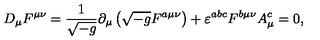
D _ { \mu } F ^ { \mu \nu } = \frac { 1 } { \sqrt { - g } } \partial _ { \mu } \left( \sqrt { - g } F ^ { a \mu \nu } \right) + \varepsilon ^ { a b c } F ^ { b \mu \nu } A _ { \mu } ^ { c } = 0 ,